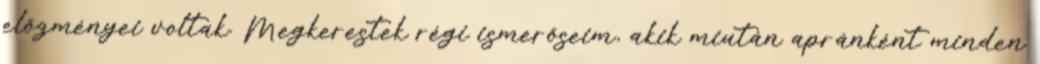
előzményei voltak. Meg­kerestek régi ismerőseim, akik miután apránként minden